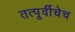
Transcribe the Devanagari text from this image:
तत्पूर्वीचेच